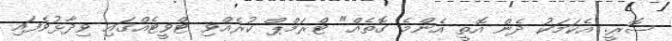
ސޮރީ. އެކަމަކު ދެން އޮތީ އެންމެ ގޮތެއް" ޓްރަމްޕް ކުރެއްވި ޓްވީޓެއްގައި ވިދާޅުވެފައި